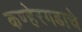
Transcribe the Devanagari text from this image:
कण्हेरगडाचे